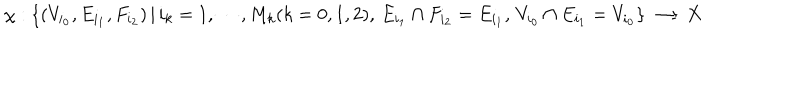
LaTeX: \chi : \{ ( V _ { i _ { 0 } } , E _ { i _ { 1 } } , F _ { i _ { 2 } } ) \, | \, i _ { k } = 1 , \cdots , M _ { k } ( k = 0 , 1 , 2 ) , \, E _ { i _ { 1 } } \cap F _ { i _ { 2 } } = E _ { i _ { 1 } } , \, V _ { i _ { 0 } } \cap E _ { i _ { 1 } } = V _ { i _ { 0 } } \} \longrightarrow X